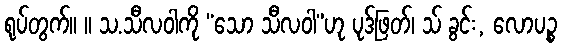
ရုပ်တွက်။ ။ သ.သီလဝါကို “သော သီလဝါ”ဟု ပုဒ်ဖြတ်၊ သ် ခွင်း, လောပဉ္စ